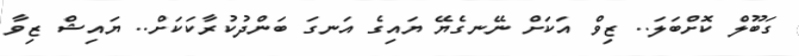
ގަބޫލް ކޮށްބަލަ.. ޒިވް އަކަށް ނޭނގެޔޭ ޔައިގެ އަނގަ ބަންދުކުރާކަކަށް.. ޔައިޝް ޒިވާ